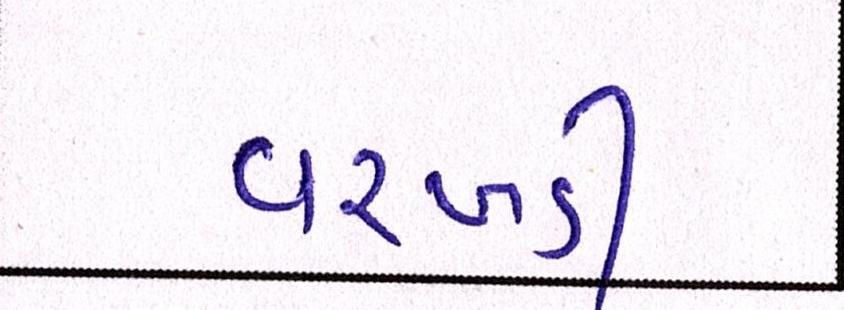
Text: વરખડી